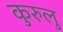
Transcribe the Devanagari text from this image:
कुरुलु